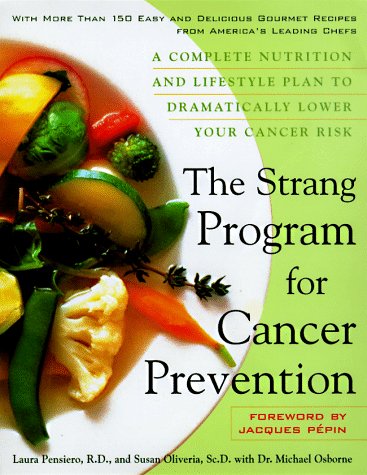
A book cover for The Strang Cookbook for Cancer Prevention: A Complete Nutrition and Lifestyle Plan to Dramatically Lower Your Cancer Risk; Laura Pensiero; Health, Fitness & Dieting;